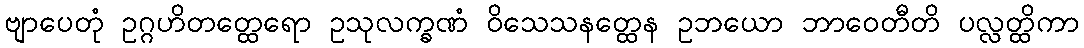
ဗျာပေတုံ ဥဂ္ဂဟိတတ္ထေရော ဥသုလက္ခဏံ ဝိသေသနတ္ထေန ဥဘယော ဘာဝေတီတိ ပလ္လတ္ထိကာ